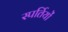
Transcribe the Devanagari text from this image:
स्पर्तियों